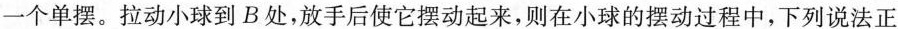
一个单摆。拉动小球到B处，放手后使它摆动起来，则在小球的摆动过程中，下列说法正